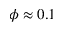
\phi \approx 0 . 1